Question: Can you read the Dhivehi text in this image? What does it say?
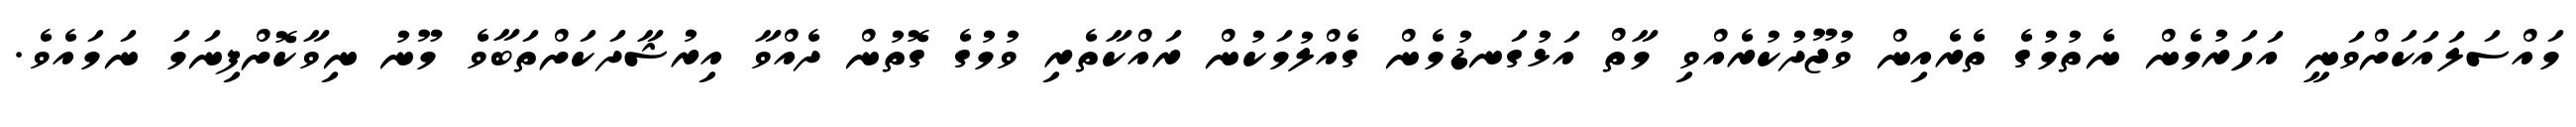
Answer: މައްސަލައަކަށްވަނީ އަހަރުމެން ނެތުމުގެ ތެރެއިން ވުޖޫދުކުރެއްވި މާތް އަޅުގަނޑުމެން ގެއްލުމަކުން ރައްކާތެރި ވުމުގެ ގޮތުން ދެއްވާ އިރުޝާދަކަށްތަބާވެ މޫނު ނިވާކޮށްފިނަމަ ނަމައެވެ.